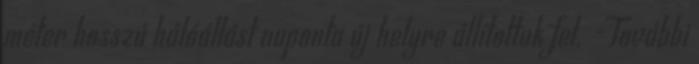
méter hosszú hálóállást naponta új helyre állítottuk fel. -További